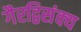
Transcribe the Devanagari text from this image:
गैरद्विसंक्य